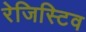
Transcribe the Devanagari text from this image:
रेजिस्टिव